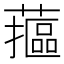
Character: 𮒁